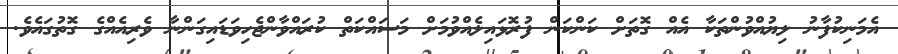
އެމަނިކުފާނު ލިޔުއްވުންތަކާ އެއް ގޮތަށް ކަންކަން ފުރޮޅައިލެއްވުމަށް މަސައްކަތް ކުރައްވާންޖެހިވަޑައިގަންނާ ވެރިއެއްގެ ގޮތުގައެވެ.